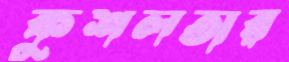
কুশলতার